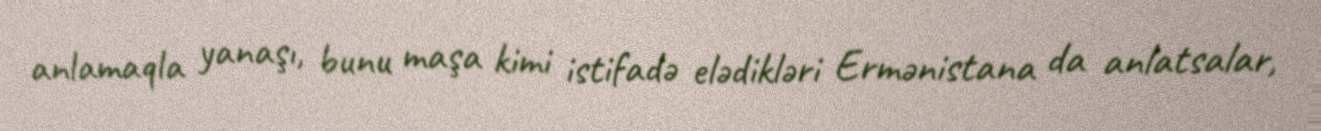
anlamaqla yanaşı, bunu maşa kimi istifadə elədikləri Ermənistana da anlatsalar,